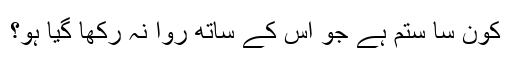
کون سا ستم ہے جو اس کے ساتھ روا نہ رکھا گیا ہو؟